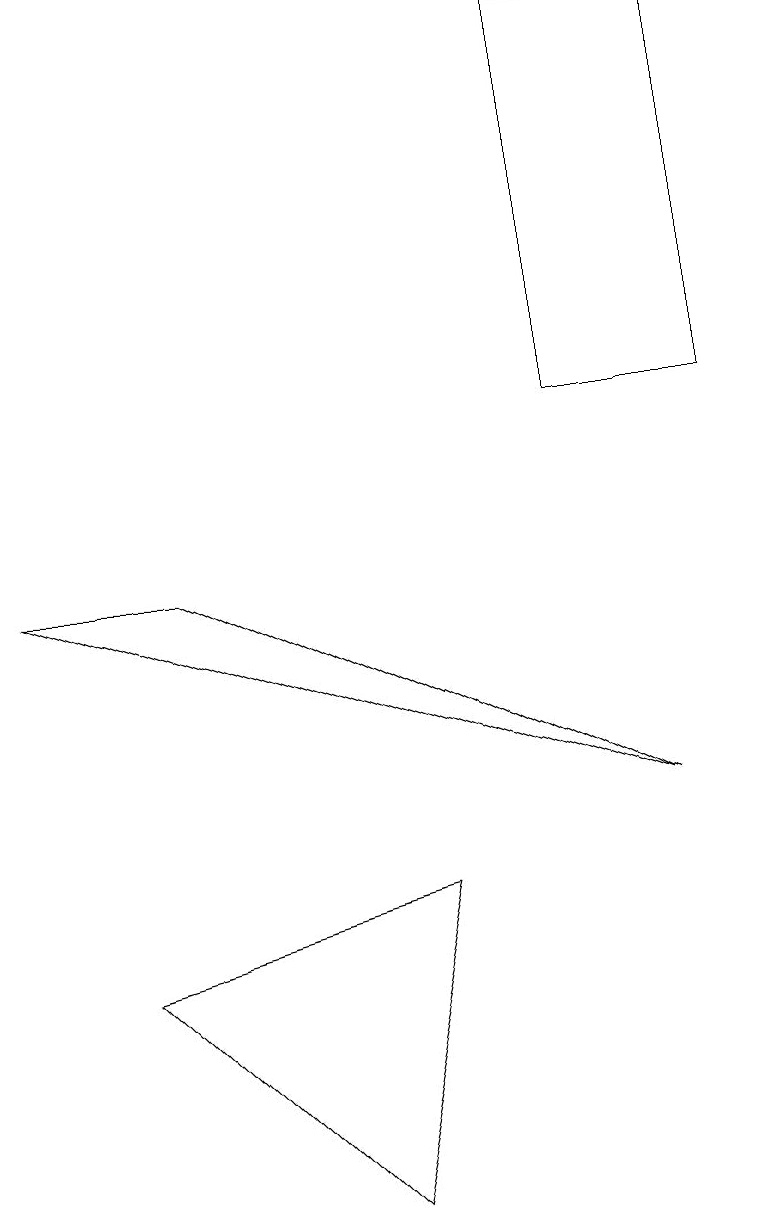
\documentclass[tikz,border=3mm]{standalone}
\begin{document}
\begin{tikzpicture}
\draw (4,1) -- (5,5) -- (1,4) -- cycle;
\draw (7,16) rectangle (9,11);
\draw (0,9) -- (2,9) -- (8,6) -- cycle;
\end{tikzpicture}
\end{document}